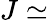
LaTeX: J\simeq